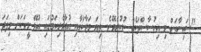
"ސައިނާއަށް މި އިހުސާސްތަކެއް ނުކުރެވޭނެ. ތިޔަ މަޖާކަމާއި އުފާވެރިކަމުގައި އުޅޭ މީހަކަށް މިފަދަ